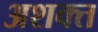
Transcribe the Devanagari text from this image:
अशक्‍त